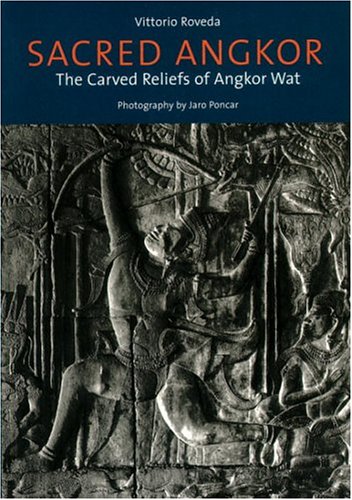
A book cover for Sacred Angkor: Carved Reliefs Of Angkor Wat; Vittorio Roveda; Travel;